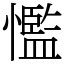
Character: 懢